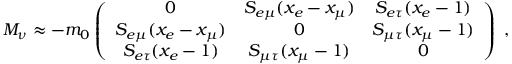
M _ { \nu } \approx - m _ { 0 } \left( \begin{array} { c c c } { { 0 } } & { { S _ { e \mu } ( x _ { e } - x _ { \mu } ) } } & { { S _ { e \tau } ( x _ { e } - 1 ) } } \\ { { S _ { e \mu } ( x _ { e } - x _ { \mu } ) } } & { { 0 } } & { { S _ { \mu \tau } ( x _ { \mu } - 1 ) } } \\ { { S _ { e \tau } ( x _ { e } - 1 ) } } & { { S _ { \mu \tau } ( x _ { \mu } - 1 ) } } & { { 0 } } \end{array} \right) ~ ,